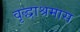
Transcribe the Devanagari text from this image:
वृद्धाश्रमास